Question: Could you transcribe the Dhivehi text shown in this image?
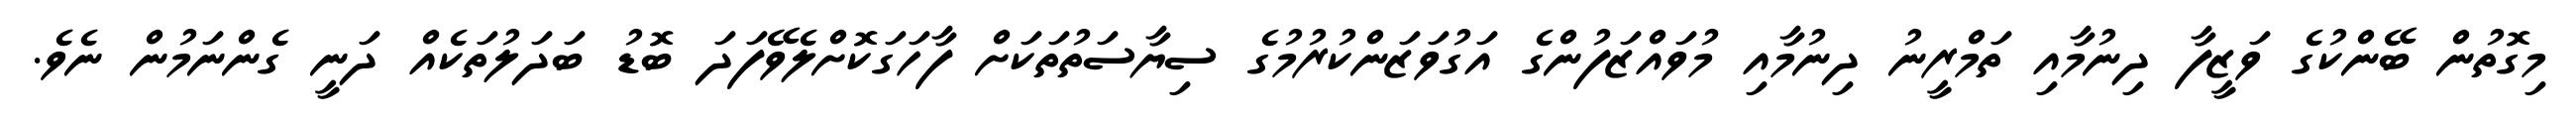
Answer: މިގޮތުން ބޭންކުގެ ވަޒީފާ ދިނުމާއި ތަމްރީނު ދިނުމާއި މުވައްޒަފުންގެ އަގުވަޒަންކުރުމުގެ ސިޔާސަތުތަކަށް ފާހަގަކޮށްލެވޭފަދަ ބޮޑު ބަދަލުތަކެއް ދަނީ ގެންނަމުން ނެވެ.